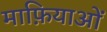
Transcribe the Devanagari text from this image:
माफ़ियाओं